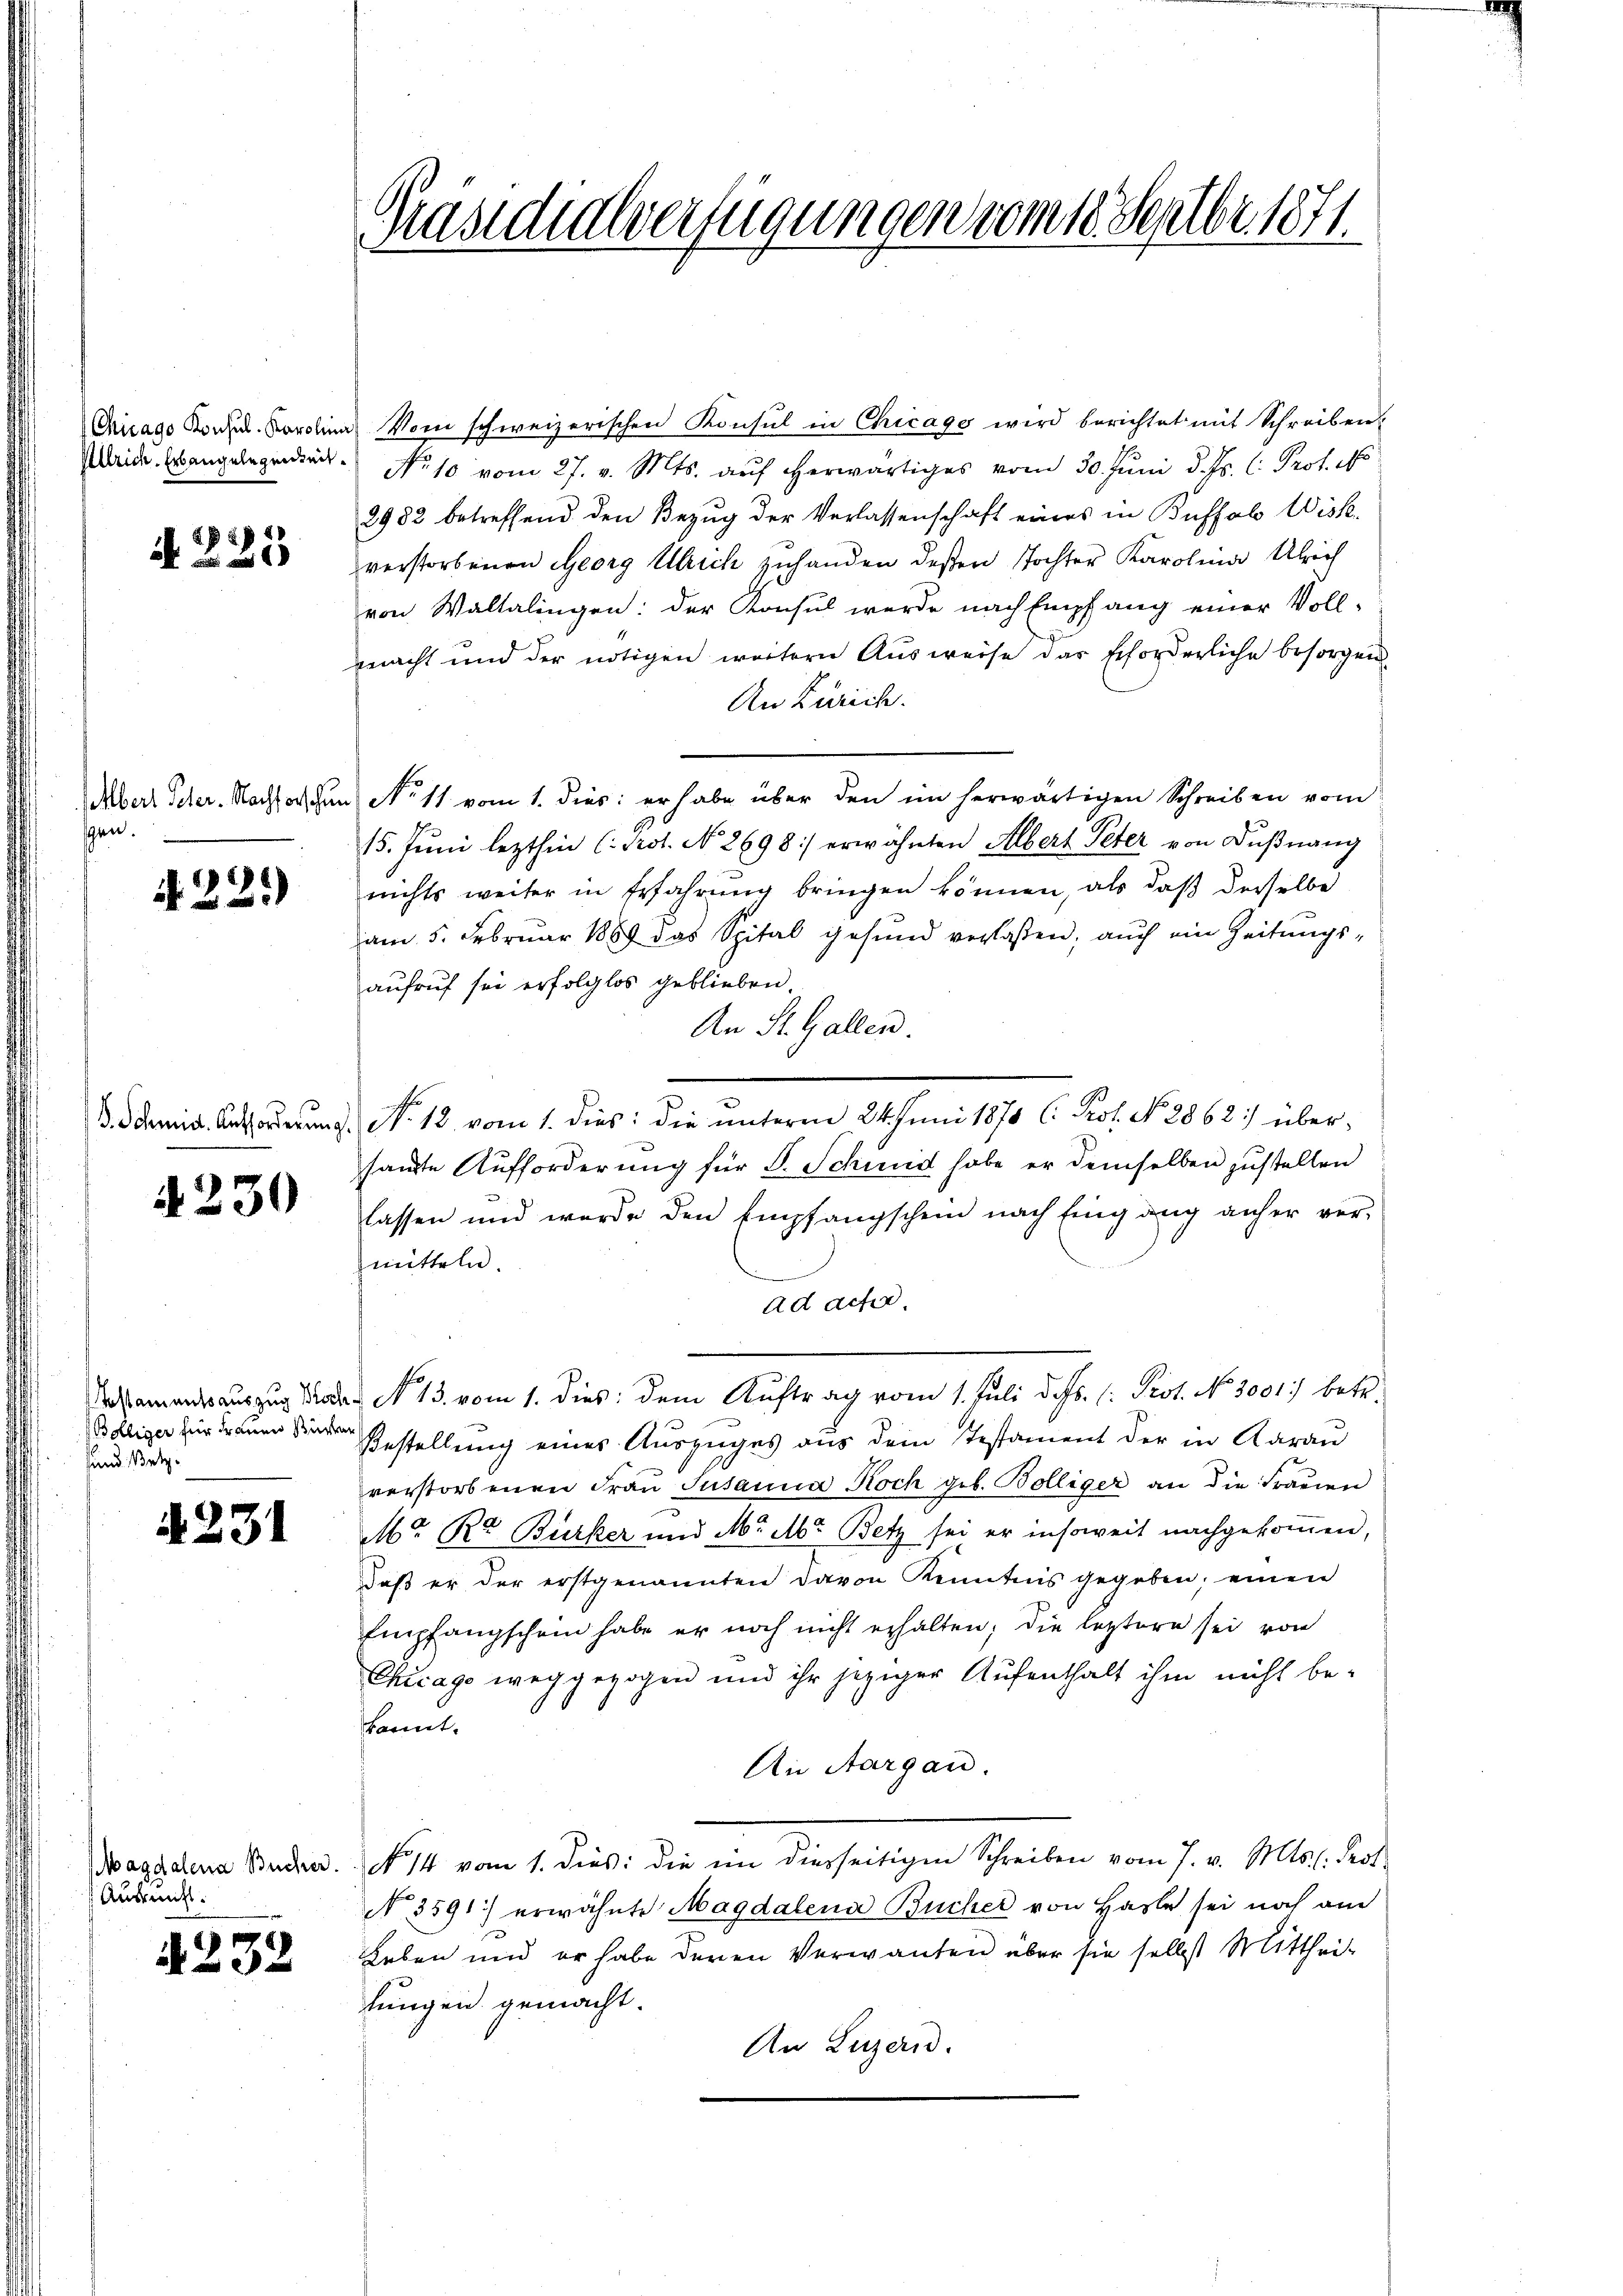
Chicago Konsul-Karolina
Ullrich. Erbangelegenheit.

d. 225

bert Peter. Nachforschun
sen.

4231)

230

Bölliger für Frauen Büchen
sund setz.

A 231

Magdalena Bucher.
Auskunft.

4232

Gräsidialverfügungen vom 18. Septbr. 1871.

Vom schweizerischen Konsul in Chicago wird berichtet mit Schreiben
No 10 vom 27. v. Mts. auf herwärtiges vom 30. Juni d. Js. l. Prof.
2982 betreffend den Bezug der Verlassenschaft eines in Buffal Wisk.
verstorbenen Georg Ulrich zuhanden deßen Tochter Karolina Ulrich
von Waltalingen: der Konsul werde nach Empfang einer Voll-
macht und der nötigen weitern Aŭsweise das Erforderliche besorgen
An Zürich.
No 11 vom 1. dies: er habe über den im herwärtigen Schreiben vom
15. Jŭni lezthin (Prot. No. 2698:/ erwähnten Albert Peter von Düβnang
nichts weiter in Erfahrung bringen können, als daß derselbe
am 5. Februar 1889 das Spital gesund verlassen, auch ein Zeitungs-
aufruf sei erfolglos geblieben.
An St. Gallen.
S. Schnna. Anthorderung No. 18. vom 1. dies: die unterm 24. Juni 1870 l. Prof. No. 2862) übersamte Aufforderung für F. Schmid habe er demselben zustellen
lassen und wurde den Empfangschein nach Eingang anher ver-
mitteln.
ad acher
clamantauszug oder No 13. vom 1. dies: dem Auftrag vom 1. Juli d. Js. (: Prot. No. 3001) betr.
Bestellung eines Auszuges aus dem Testament der in Aarau
verstorbenen Fraŭ Susanna Koch geb. Bolliger an die Fraŭen
Mr R. Burker und M. Mr Betz sei er insoweit nachgekommen,
daß er der erstgenannten davon Kenntnis gegeben, einen
Empfangschein habe er noch nicht erhalten; die leztere sei von
Chicago weggezogen und ihr jeziger Aufenthalt ihm nicht be-
kannt.
An Aargau.
No 14 vom 1. dies: die in diesseitigen Schreiben vom 7. v. Mts. l. Prot.
No. 3591) erwähnte Magdalena Bucher von Hasle sei noch am
Leben und er habe deren Verwanten über sie selbst Mittheil-
fungen gemacht.
An Luzern.